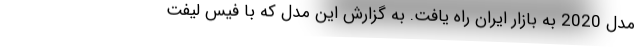
مدل 2020 به بازار ایران راه یافت. به گزارش این مدل که با فیس لیفت